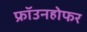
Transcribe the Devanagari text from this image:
फ्रॉउनहोफर